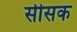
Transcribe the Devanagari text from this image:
सीसक